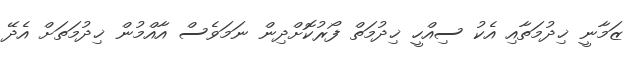
ޒަމާނީ ޚިދުމަތާއި އެކު ސިއްހީ ޚިދުމަތް ފޯރުކޮށްދިން ނަމަވެސް އާއްމުން ޚިދުމަތަށް އެދޭ